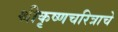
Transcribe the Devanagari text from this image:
श्रीकृष्णचरित्राचे